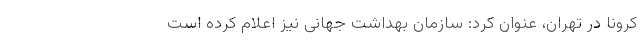
کرونا در تهران، عنوان کرد: سازمان بهداشت جهانی نیز اعلام کرده است